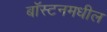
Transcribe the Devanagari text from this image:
बॉस्टनमधील